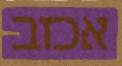
אכזב